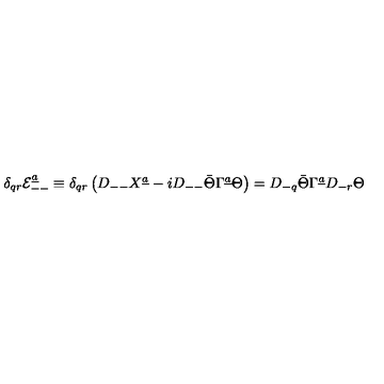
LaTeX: \delta _ { q r } { \cal E } _ { -- } ^ { \underline { a } } \equiv \delta _ { q r } \left( D _ { -- } X ^ { \underline { a } } - i D _ { -- } \bar { \Theta } \Gamma ^ { \underline { a } } \Theta \right) = D _ { - q } \bar { \Theta } \Gamma ^ { \underline { a } } D _ { - r } \Theta